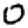
Digit: 0